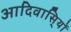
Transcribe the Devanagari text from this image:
आदिवासि्यों